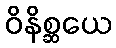
ဝိနိစ္ဆယေ